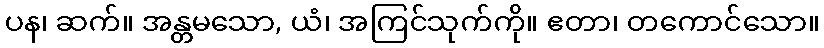
ပန၊ ဆက်။ အန္တမသော, ယံ၊ အကြင်သုက်ကို။ ဧတာ၊ တကောင်သော။